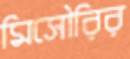
মিসৌরির